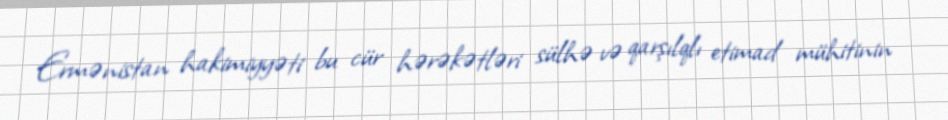
Ermənistan hakimiyyəti bu cür hərəkətləri sülhə və qarşılqlı etimad mühitinin